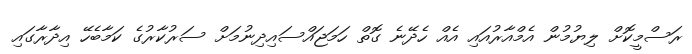
ރަސްމީކޮށް ލިޔުމުން އެމްއާރުއައި އެއް ހެދޭނެ ގޮތް ހަމަޖައްސައިދިނުމަށް ސަރުކާރުގެ ކަމާބެހޭ އިދާރާގައި